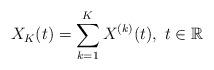
LaTeX: \begin{align*}X_{K}(t)=\sum_{k=1}^{K}X^{(k)}(t),\,\,t\in \mathbb{R}\end{align*}